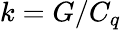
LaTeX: k=G/C_{q}